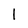
Character: l